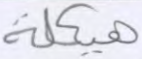
هيكلة